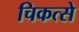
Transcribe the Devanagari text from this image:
चिकत्से